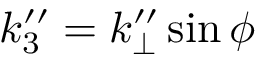
k _ { 3 } ^ { \prime \prime } = k _ { \perp } ^ { \prime \prime } \sin \phi